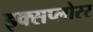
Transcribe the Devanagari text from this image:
इक्सप्लोरर